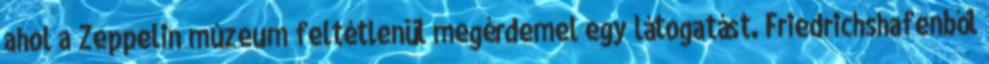
ahol a Zeppelin múzeum feltétlenül megérdemel egy látogatást. Friedrichshafenből